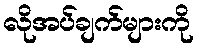
လိုအပ်ချက်များကို